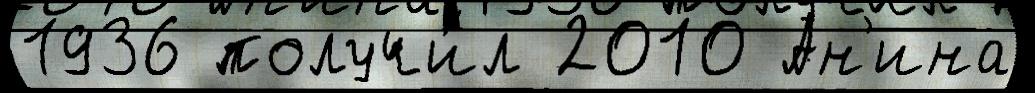
1936 получи́л 2010 Ан'ина